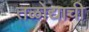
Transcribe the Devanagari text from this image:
तळोद्याची